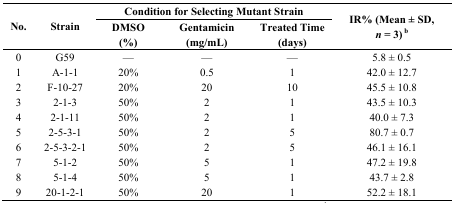
<table><thead><tr><td rowspan="2"><b>No.</b></td><td rowspan="2"><b>Strain</b></td><td colspan="3"><b>Condition for Selecting Mutant Strain</b></td><td rowspan="2"><b>IR% (Mean ± SD, <i>n </i>= 3)<sup> b</sup></b></td></tr><tr><td><b>DMSO (%)</b></td><td><b>Gentamicin (mg/mL)</b></td><td><b>Treated Time (days)</b></td></tr></thead><tbody><tr><td>0</td><td>G59</td><td>—</td><td>—</td><td>—</td><td>5.8 ± 0.5</td></tr><tr><td>1</td><td>A-1-1</td><td>20%</td><td>0.5</td><td>1</td><td>42.0 ± 12.7</td></tr><tr><td>2</td><td>F-10-27</td><td>20%</td><td>20</td><td>10</td><td>45.5 ± 10.8</td></tr><tr><td>3</td><td>2-1-3</td><td>50%</td><td>2</td><td>1</td><td>43.5 ± 10.3</td></tr><tr><td>4</td><td>2-1-11</td><td>50%</td><td>2</td><td>1</td><td>40.0 ± 7.3</td></tr><tr><td>5</td><td>2-5-3-1</td><td>50%</td><td>2</td><td>5</td><td>80.7 ± 0.7</td></tr><tr><td>6</td><td>2-5-3-2-1</td><td>50%</td><td>2</td><td>5</td><td>46.1 ± 16.1</td></tr><tr><td>7</td><td>5-1-2</td><td>50%</td><td>5</td><td>1</td><td>47.2 ± 19.8</td></tr><tr><td>8</td><td>5-1-4</td><td>50%</td><td>5</td><td>1</td><td>43.7 ± 2.8</td></tr><tr><td>9</td><td>20-1-2-1</td><td>50%</td><td>20</td><td>1</td><td>52.2 ± 18.1</td></tr></tbody></table>